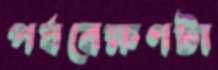
পর্যবেক্ষণটা